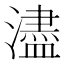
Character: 濜